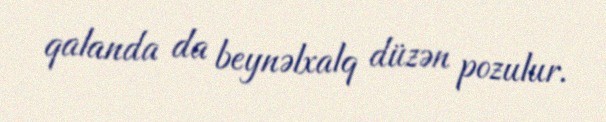
qalanda da beynəlxalq düzən pozulur.